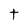
Character: t